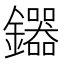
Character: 𮣦